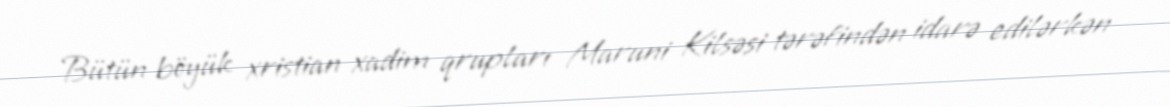
Bütün böyük xristian xadim qrupları Maruni Kilsəsi tərəfindən idarə edilərkən